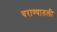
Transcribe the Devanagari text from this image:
घराण्यातली